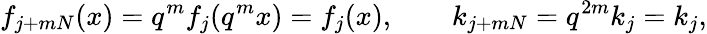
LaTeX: f_{j+mN}(x)=q^{m}f_{j}(q^{m}x)=f_{j}(x),\qquad k_{j+mN}=q^{2m}k_{j}=k_{j},